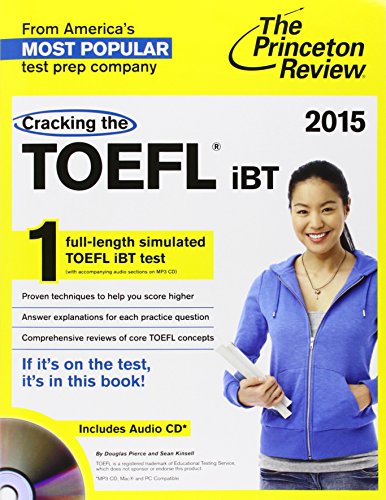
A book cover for Cracking the TOEFL iBT with Audio CD, 2015 Edition (College Test Preparation); Princeton Review; Education & Teaching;